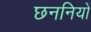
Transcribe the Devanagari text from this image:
छननियों